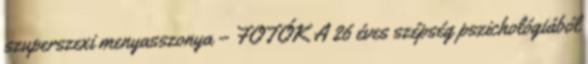
szuperszexi menyasszonya – FOTÓK A 26 éves szépség pszichológiából